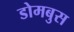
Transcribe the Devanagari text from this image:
डोमबुस